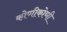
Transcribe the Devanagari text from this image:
कोणीकोणी